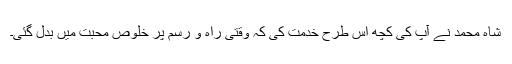
شاہ محمد نے آپ کی کچھ اس طرح خدمت کی کہ وقتی راہ و رسم پر خلوص محبت میں بدل گئی۔